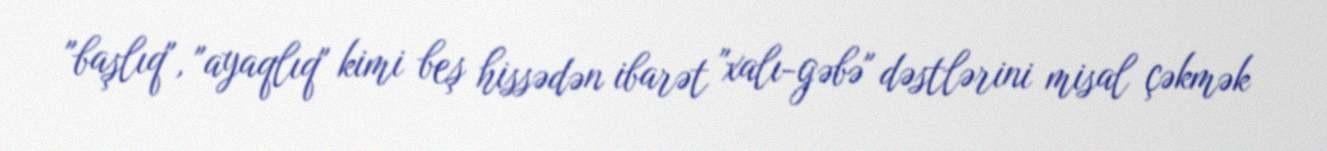
"başlıq", "ayaqlıq" kimi beş hissədən ibarət "xalı-gəbə" dəstlərini misal çəkmək